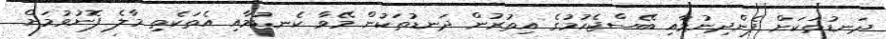
ދަނޑުތަކަށް ފެންދިނުމާއި ބޭސްޖެހުމުގެ އިތުރުން ދަނޑުތަކުން މޭވާ ކެނޑުމާއި އެތަކެތި މާލެ ފޮނުވުމަށް